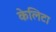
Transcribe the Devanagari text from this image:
केलिटा